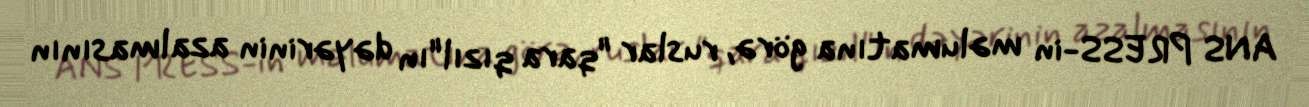
ANS PRESS-in məlumatına görə, ruslar "qara qızıl"ın dəyərinin azalmasının